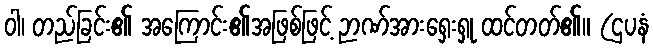
ဝါ၊ တည်ခြင်း၏ အကြောင်း၏အဖြစ်ဖြင့် ဉာဏ်အားရှေးရှု ထင်တတ်၏။ (ဌပနံ